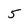
Character: 5